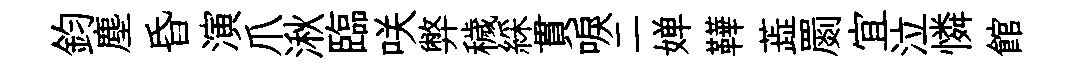
鈞塵昏演爪湫臨咲弊穢綵貫唳二婵鞾蕋罽宜泣憐館